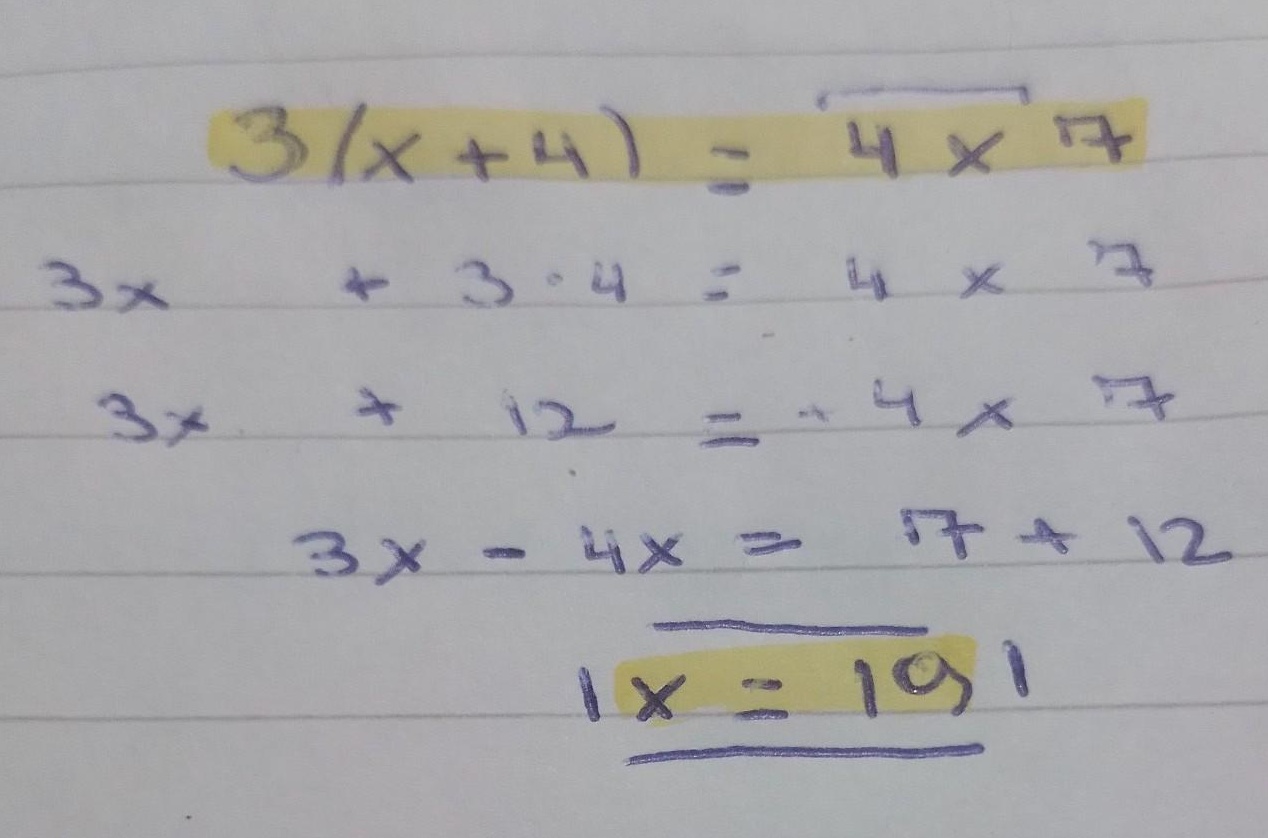
从第四步到第五步计算有误，第四步\(3x - 4x = 7 + 12\)化简应为\(-x = 19\)，则\(x = -19\)。修正后的内容如下：

\[\begin{align*}
3(x + 4)&=4\times7\\
3x+3\cdot4&=4\times7\\
3x + 12&=4\times7\\
3x - 4x&=28 - 12\\
 -x&=16\\
x&=-16
\end{align*}\]

如果你想保持原错误逻辑仅做格式调整，结果如下：

\[\begin{align*}
3(x + 4)&=4\times7\\
3x+3\cdot4&=4\times7\\
3x + 12&=4\times7\\
3x - 4x&=7 + 12\\
 -x&=19\\
x&=-19
\end{align*}\]